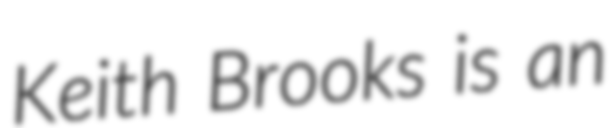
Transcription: Keith Brooks is an